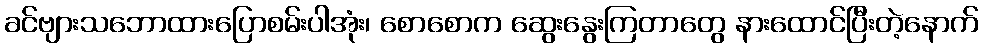
ခင်ဗျားသဘောထားပြောစမ်းပါအုံး၊ စောစောက ဆွေးနွေးကြတာတွေ နားထောင်ပြီးတဲ့နောက်